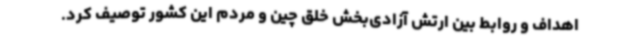
اهداف و روابط بین ارتش آزادی‌بخش خلق چین و مردم این کشور توصیف کرد.